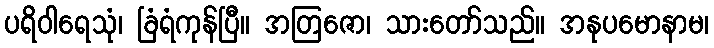
ပရိဝါရေသုံ၊ ခြံရံကုန်ပြီ။ အတြဇော၊ သားတော်သည်။ အနုပမောနာမ၊